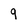
Character: 9